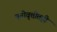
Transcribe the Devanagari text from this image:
मनोवृत्तीतही